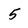
Character: 5